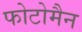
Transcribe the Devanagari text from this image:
फोटोमैन